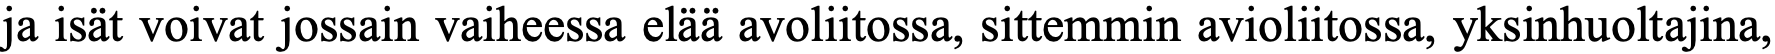
ja isät voivat jossain vaiheessa elää avoliitossa, sittemmin avioliitossa, yksinhuoltajina,